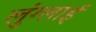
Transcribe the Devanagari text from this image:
लुंग्लाई